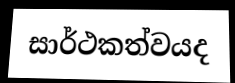
සාර්ථකත්වයද